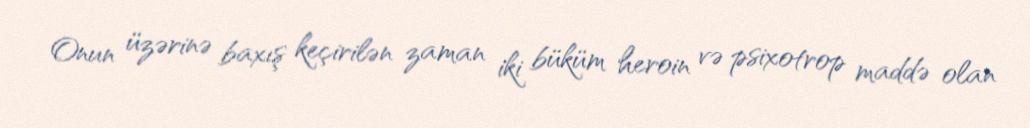
Onun üzərinə baxış keçirilən zaman iki büküm heroin və psixotrop maddə olan